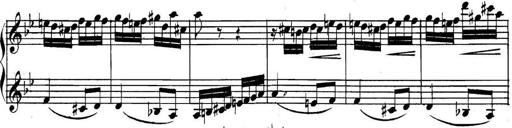
Title: Collected Piano Sonatas
Composer: Muzio Clementi